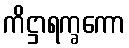
ကိဋ္ဌာရက္ခကော